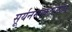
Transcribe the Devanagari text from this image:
सूर्यनमस्कारमाघ